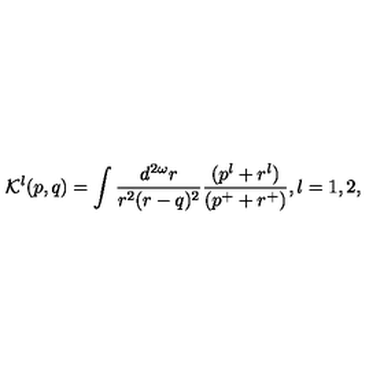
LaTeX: { \cal K } ^ { l } ( p , q ) = \int \frac { d ^ { 2 \omega } r } { r ^ { 2 } ( r - q ) ^ { 2 } } \frac { ( p ^ { l } + r ^ { l } ) } { ( p ^ { + } + r ^ { + } ) } , l = 1 , 2 ,